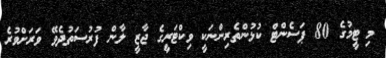
މި ޓީމުގެ 80 ޕަސެންޓް ކުޅުންތެރިންނަކީ ވިކްޓަރީގެ ޖާޒީ ލާން ފުރުސަތުދެވޭ ވަރަށްވުރެ